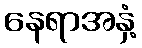
နေရာအနှံ့